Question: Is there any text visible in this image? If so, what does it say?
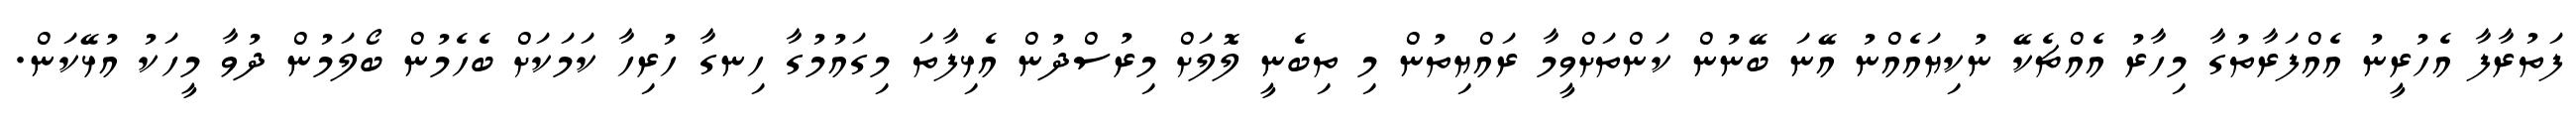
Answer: ފަތުރާފާ އެހުރީނު އެއްފަރާތުގާ މިހާރު އެއްޗެކޭ ނުކިޔައެއްނު އޭނަ ބޭނުން ކަންތަށްވީމާ ރައްޔިތުން މި ތިބެނީ ލޮލަށް މިރުސްދުން އެޅިފާތަ މިގައުމުގާ ހިނގާ ހުރިހާ ކަމަކަށް ބެހެމުން ބޯލަމުން ދުވާ މީހަކު އުޅޭކަން.